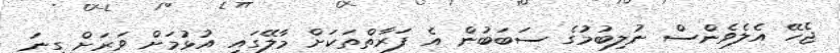
ޖެހޭ އެލެވެންސް ނުލިބުމުގެ ސަބަބުން އެ ފަރާތްތަކަށް މާލޭގައި އުޅުމަށް ވަރަށް ގިނަ